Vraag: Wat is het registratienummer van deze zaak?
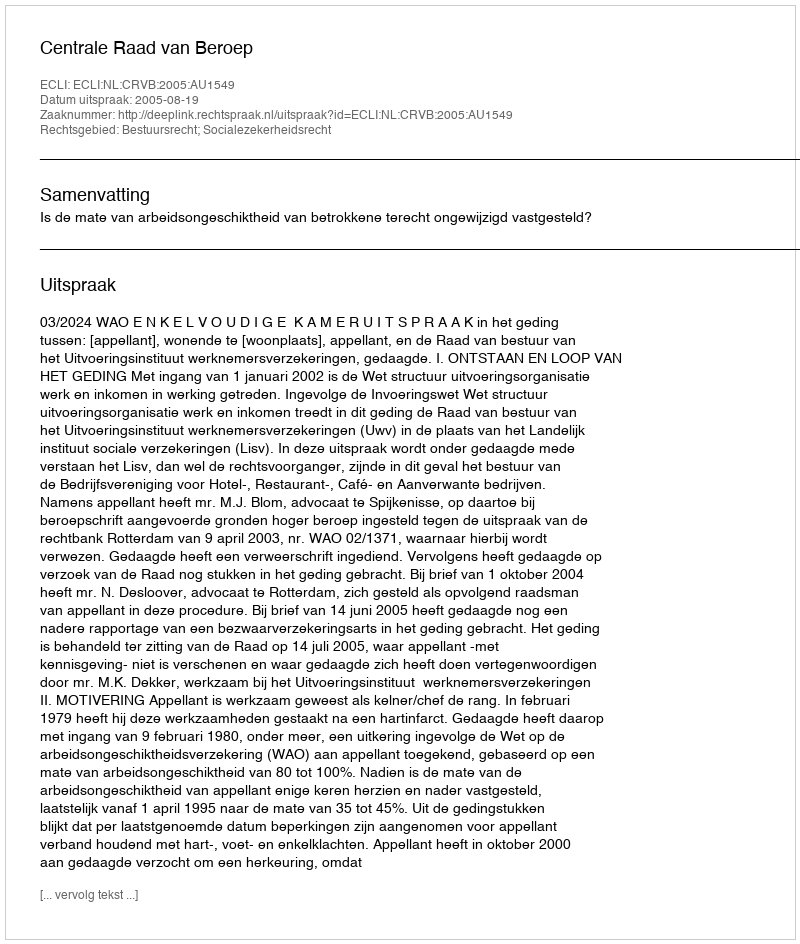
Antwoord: http://deeplink.rechtspraak.nl/uitspraak?id=ECLI:NL:CRVB:2005:AU1549